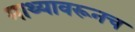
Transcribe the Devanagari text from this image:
माथ्यावरूनच